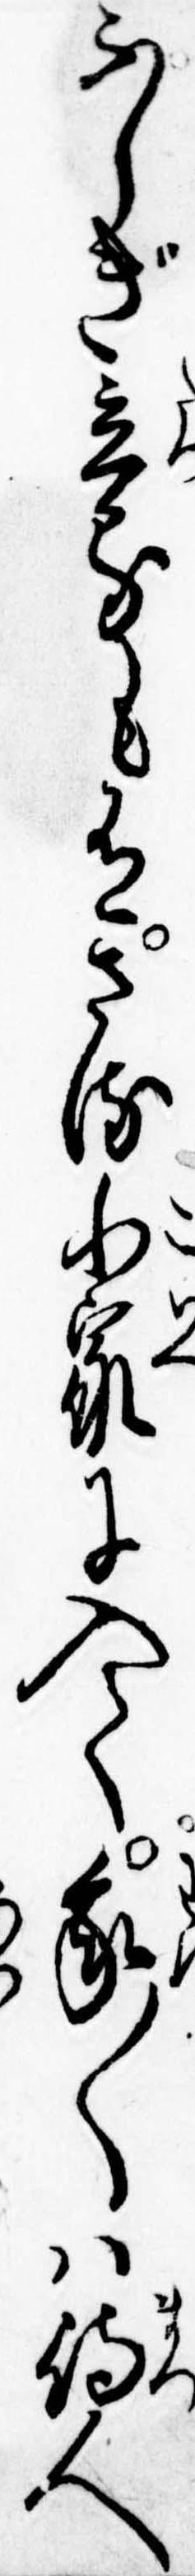
ふしぎ立るも有さる小家に入て我〱は待人